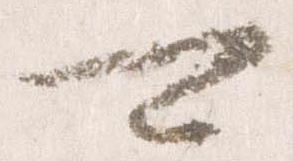
可